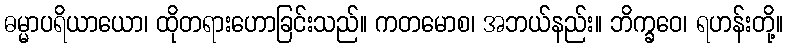
ဓမ္မာပရိယာယော၊ ထိုတရားဟောခြင်းသည်။ ကတမောစ၊ အဘယ်နည်း။ ဘိက္ခဝေ၊ ရဟန်းတို့။